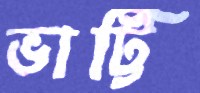
ভাট্টি